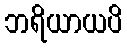
ဘရိယာယပိ